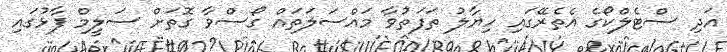
އަދި ސްޓެލްކޯގެ އެތެރޭގައި ހިޔާލު ތަފަތުވާ މައްސަލަތައް ގޯސްވާ ގޮތަށް ސަލީމް ފާޅުގައި